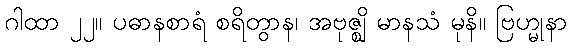
ဂါထာ ၂၂။ ပဓာနစာရံ စရိတွာန၊ အဗုဇ္ဈိ မာနသံ မုနိ။ ဗြဟ္မုနာ